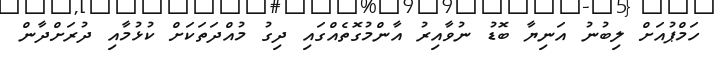
ހަމްޕުއަށް ލިބުނު އަނިޔާ ބޮޑު ނުވާއިރު އާންމުގޮތެއްގައި ދިގު މުއްދަތަކަށް ކުޅުމާއި ދުރަށްދާން